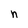
Character: n